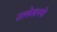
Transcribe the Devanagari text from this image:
उल्लेखनयी